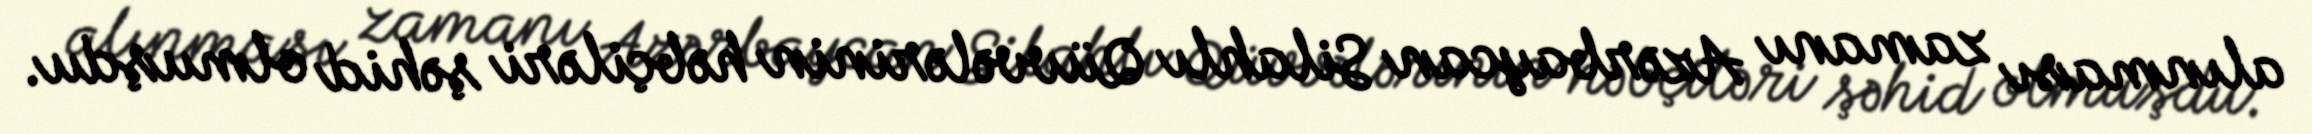
alınması zamanı Azərbaycan Silahlı Qüvvələrinin həbçiləri şəhid olmuşdu.